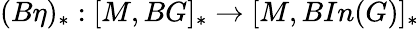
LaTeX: (B\eta)_{\ast}:[M,BG]_{\ast}\rightarrow[M,BIn(G)]_{\ast}